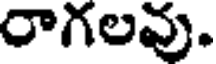
రాగలవు.